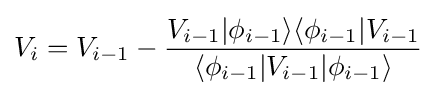
V_{i}=V_{i-1}-{\frac {V_{i-1}|\phi _{i-1}\rangle \langle \phi _{i-1}|V_{i-1}}{\langle \phi _{i-1}|V_{i-1}|\phi _{i-1}\rangle }}